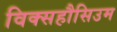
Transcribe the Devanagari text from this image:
विक्सहौसिउम